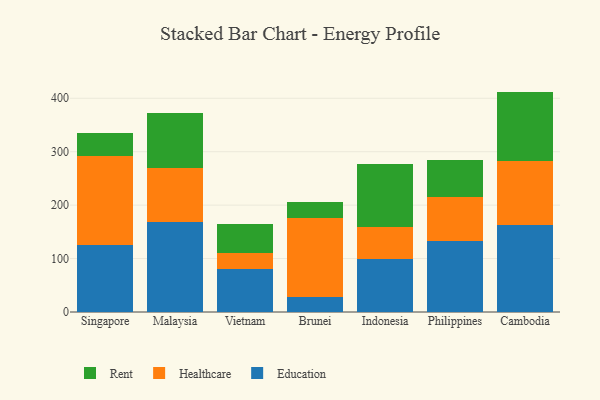
{"axis": {"x": "Country", "y": "Active Users"}, "legend": ["Education", "Healthcare", "Rent"], "data": [{"x": "Singapore", "y": 125.9, "type": "Education"}, {"x": "Singapore", "y": 166.9, "type": "Healthcare"}, {"x": "Singapore", "y": 43.1, "type": "Rent"}, {"x": "Malaysia", "y": 168.2, "type": "Education"}, {"x": "Malaysia", "y": 102.0, "type": "Healthcare"}, {"x": "Malaysia", "y": 102.5, "type": "Rent"}, {"x": "Vietnam", "y": 80.5, "type": "Education"}, {"x": "Vietnam", "y": 29.1, "type": "Healthcare"}, {"x": "Vietnam", "y": 56.0, "type": "Rent"}, {"x": "Brunei", "y": 27.6, "type": "Education"}, {"x": "Brunei", "y": 149.0, "type": "Healthcare"}, {"x": "Brunei", "y": 30.1, "type": "Rent"}, {"x": "Indonesia", "y": 98.3, "type": "Education"}, {"x": "Indonesia", "y": 60.1, "type": "Healthcare"}, {"x": "Indonesia", "y": 118.3, "type": "Rent"}, {"x": "Philippines", "y": 133.5, "type": "Education"}, {"x": "Philippines", "y": 82.3, "type": "Healthcare"}, {"x": "Philippines", "y": 68.3, "type": "Rent"}, {"x": "Cambodia", "y": 163.2, "type": "Education"}, {"x": "Cambodia", "y": 119.4, "type": "Healthcare"}, {"x": "Cambodia", "y": 129.9, "type": "Rent"}]}